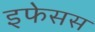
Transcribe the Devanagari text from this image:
इफेसस